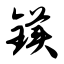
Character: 镁